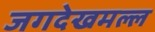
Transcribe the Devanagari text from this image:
जगदेखमल्ल